Vaccination in the Punjab 1883-1896 - 1883-1896
Year: 1883
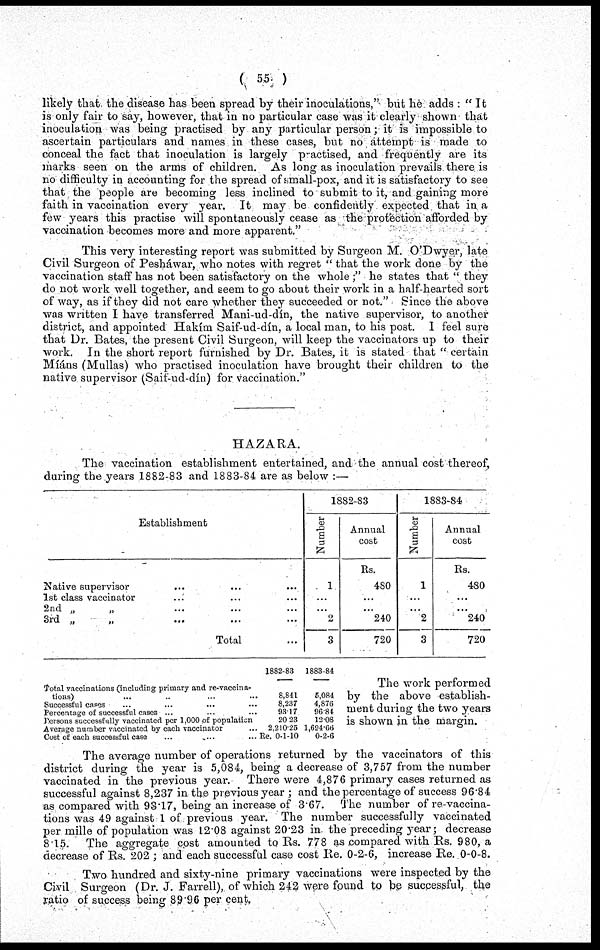
( 55 )
likely that the disease has been spread by their inoculations," but he adds : "It
is only fair to say, however, that in no particular case was it clearly shown that
inoculation was being practised by any particular person; it is impossible to
ascertain particulars and names in these cases, but no attempt is made to
conceal the fact that inoculation is largely practised, and frequently are its
marks seen on the arms of children. As long as inoculation prevails there is
no difficulty in accounting for the spread of small-pox, and it is satisfactory to see
that the people are becoming less inclined to submit to it, and gaining more
faith in vaccination every year. It may be confidently expected that in a
few years this practise will spontaneously cease as the protection afforded by
vaccination becomes more and more apparent."
This very interesting report was submitted by Surgeon M. O'Dwyer, late
Civil Surgeon of Pesháwar, who notes with regret "that the work done by the
vaccination staff has not been satisfactory on the whole;" he states that "they
do not work well together, and seem to go about their work in a half-hearted sort
of way, as if they did not care whether they succeeded or not." Since the above
was written I have transferred Mani-ud-dín, the native supervisor, to another
district, and appointed Hakím Saif-ud-dín, a local man, to his post. I feel sure
that Dr. Bates, the present Civil Surgeon, will keep the vaccinators up to their
work. In the short report furnished by Dr. Bates, it is stated that "certain
Miáns (Mullas) who practised inoculation have brought their children to the
native supervisor (Saif-ud-dín) for vaccination."
HAZARA.
The vaccination establishment entertained, and the annual cost thereof,
during the years 1882-83 and 1883-84 are as below :—
Establishment
Native supervisor ... ... ...
1st class vaccinator ... ... ...
2nd „ „ ... ... ...
3rd „ „ ... ... ...
Total ...
1882-83
Number
1
...
...
2
3
Annual
cost
Rs.
480
...
...
240
720
1883-84
Number
1
...
...
2
3
Annual
cost
Rs.
480
...
...
240
720
Total vaccinations (including primary and re-vaccina-
tions) ... ... ... ...
Successful cases ... ... ... ...
Percentage of successful cases ... ... ... ...
Persons successfully vaccinated per 1,000 of population
Average number vaccinated by each vaccinator ... ...
Cost of each successful case ... ... ... ...
1882-83
8,841
8,237
93.17
20.23
2,210.25
Re. 0-1-10
1883-84
5,084
4,876
96.84
12.08
1,694.66
0-2-6
The work performed
by the above establish-
ment during the two years
is shown in the margin.
The average number of operations returned by the vaccinators of this
district during the year is 5,084, being a decrease of 3,757 from the number
vaccinated in the previous year.
There were 4,876 primary cases returned as
successful against 8,237 in the previous year ; and the percentage of success 96.84
as compared with 93.17, being an increase of 3.67. The number of re-vaccina-
tions was 49 against 1 of previous year. The number successfully vaccinated
per mille of population was 12.08 against 20.23 in the preceding year; decrease
8.15.
The aggregate cost amounted to Rs. 778 as compared with Rs. 980, a
decrease of Rs. 202 ; and each successful case cost Re. 0-2-6, increase Re. 0-0-8.
Two hundred and sixty-nine primary vaccinations were inspected by the
Civil Surgeon (Dr. J. Farrell), of which 242 were found to be successful, the
ratio of success being 89.96 per cent.